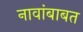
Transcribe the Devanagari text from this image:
नावांबाबत